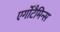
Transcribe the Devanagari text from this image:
एर्गोटैमिन्स